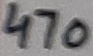
Text: 470